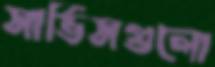
সার্ভিসগুলো